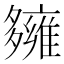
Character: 𡗌